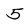
Character: 5